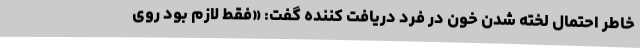
خاطر احتمال لخته شدن خون در فرد دریافت کننده گفت: «فقط لازم بود روی